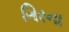
ગિરના